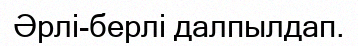
Әрлі-берлі далпылдап.